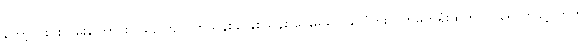
တော့ ပွဲစားလမ်းကြောင်းကနေ ကျပ် တသိန်းခွဲ၊ နှစ်သိန်း ပေးမှသာ နိုင်ငံကူးလက်မှတ်ရုံးထဲကို ဝင်ရောက်ခွင့် ကုတ်